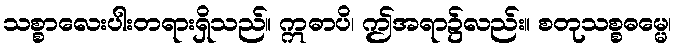
သစ္စာလေးပါးတရားရှိသည်။ ဣဓာပိ၊ ဤအရာ၌လည်း။ စတုသစ္စဓမ္မေ၊